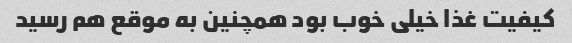
کیفیت غذا خیلی خوب بود همچنین به موقع هم رسید